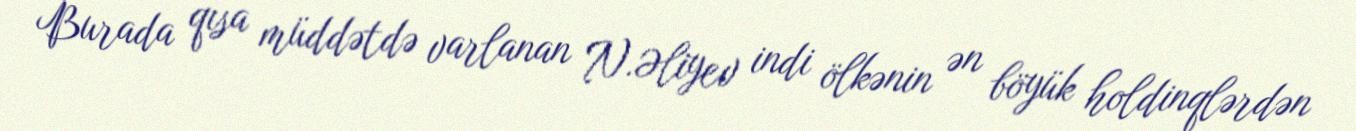
Burada qısa müddətdə varlanan N.Əliyev indi ölkənin ən böyük holdinqlərdən